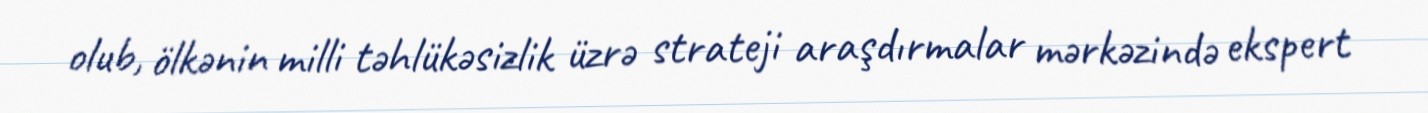
olub, ölkənin milli təhlükəsizlik üzrə strateji araşdırmalar mərkəzində ekspert